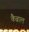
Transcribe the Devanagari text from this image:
कैब्राल